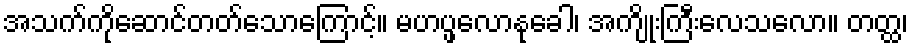
အသက်ကိုဆောင်တတ်သောကြောင့်။ မဟပ္ဖလောနုခေါ၊ အကျိုးကြီးလေသလော။ တတ္ထ၊